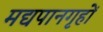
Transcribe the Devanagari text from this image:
मद्यपानगृहों